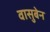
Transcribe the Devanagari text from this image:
वासुबेन